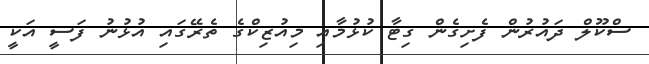
ސްކޫލް ދައުރުން ފެށިގެން ގިޓާ ކުޅުމާއި މިއުޒިކްގެ ތެރޭގައި އުޅުނު ފަސީ އަކީ